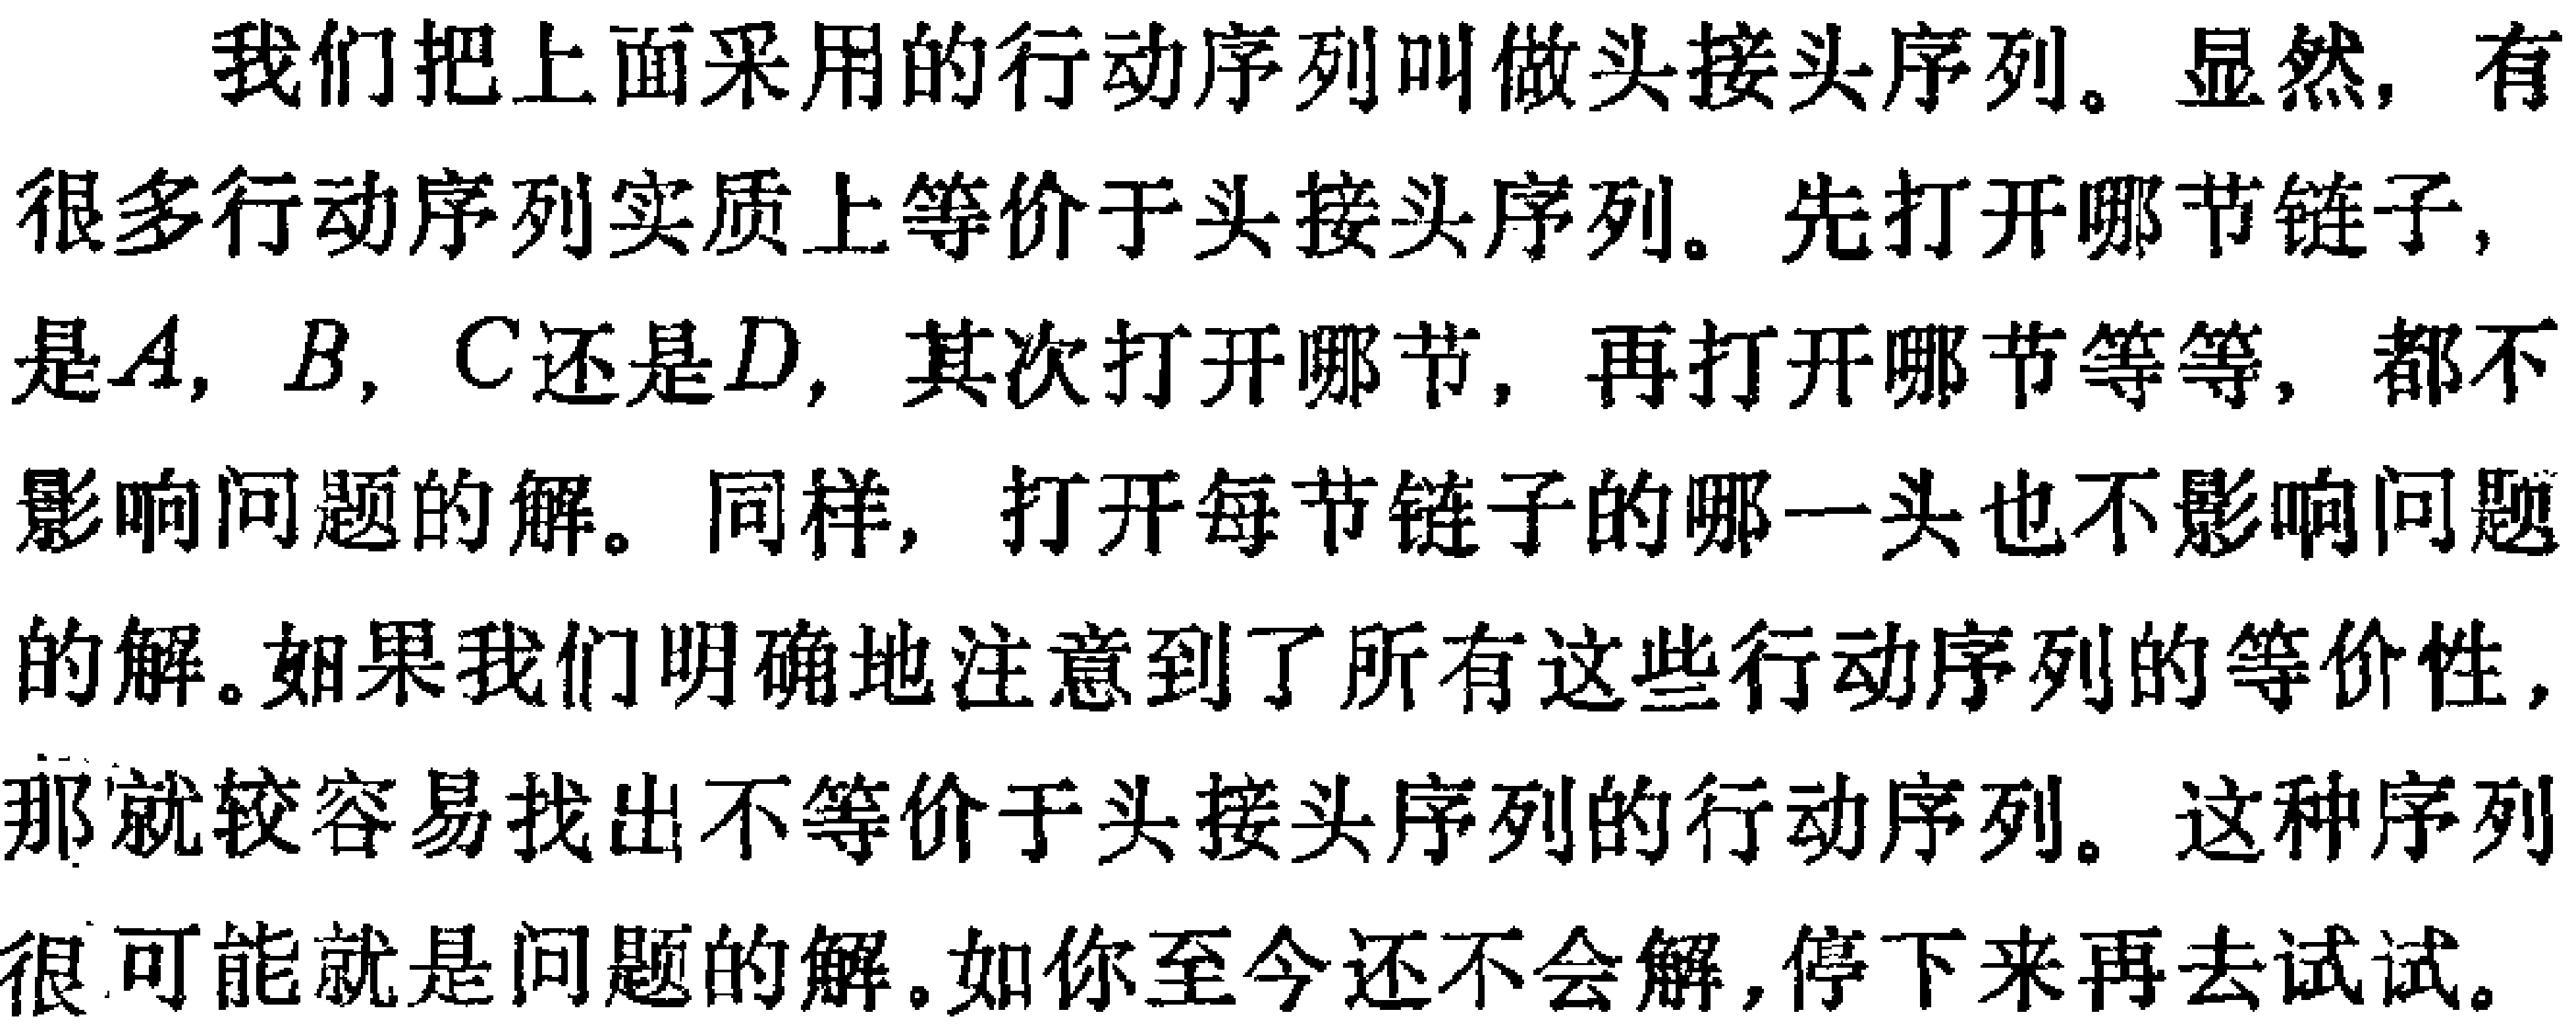
我们把上面采用的行动序列叫做头接头序列。显然，有很多行动序列实质上等价于头接头序列。先打开哪节链子，是\(A\)，\(B\)，\(C\)还是\(D\)，其次打开哪节，再打开哪节等等，都不影响问题的解。同样，打开每节链子的哪一头也不影响问题的解。如果我们明确地注意到了所有这些行动序列的等价性，那就较容易找出不等价于头接头序列的行动序列。这种序列很可能就是问题的解。如你至今还不会解，停下来再去试试。